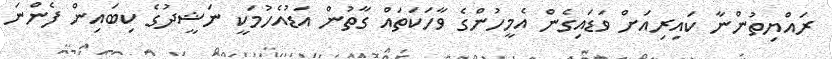
ރައްޔިތުންނާ ކައިރިއަށް ވަޑައިގެން އެމީހުންގެ ވާހަކަތައް ގާތުން އަޑުއެހުމަކީ ނަޝީދުގެ ކިބައިން ފެންނަ